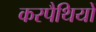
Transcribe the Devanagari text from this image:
करपैथियों